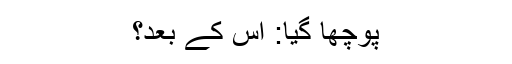
پوچھا گیا: اس کے بعد؟